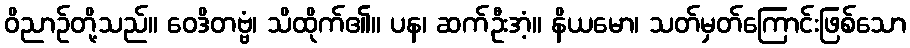
ဝိညာဉ်တို့သည်။ ဝေဒိတဗ္ဗံ၊ သိထိုက်၏။ ပန၊ ဆက်ဦးအံ့။ နိယမော၊ သတ်မှတ်ကြောင်းဖြစ်သော